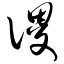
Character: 谡